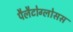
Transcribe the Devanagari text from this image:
पैलैटोग्लोसस